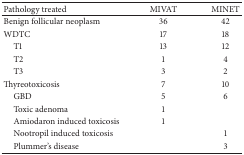
<table><thead><tr><td><b>Pathology treated</b></td><td><b>MIVAT</b></td><td><b>MINET</b></td></tr></thead><tbody><tr><td>Benign follicular neoplasm</td><td>36</td><td>42</td></tr><tr><td>WDTC</td><td>17</td><td>18</td></tr><tr><td> T1</td><td>13</td><td>12</td></tr><tr><td> T2</td><td>1</td><td>4</td></tr><tr><td> T3</td><td>3</td><td>2</td></tr><tr><td>Thyreotoxicosis</td><td>7</td><td>10</td></tr><tr><td> GBD</td><td>5</td><td>6</td></tr><tr><td> Toxic adenoma</td><td>1</td><td> </td></tr><tr><td> Amiodaron induced toxicosis</td><td>1</td><td> </td></tr><tr><td> Nootropil induced toxicosis</td><td> </td><td>1</td></tr><tr><td> Plummer&#x27;s disease</td><td> </td><td>3</td></tr></tbody></table>